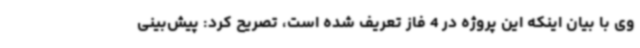
وی با بیان اینکه این پروژه در 4 فاز تعریف شده است، تصریح کرد: پیش‌بینی